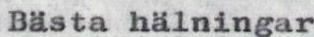
Bästa hälningar